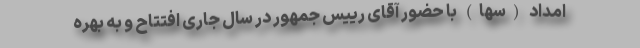
امداد (سها) با حضور آقای رییس جمهور در سال جاری افتتاح و به بهره‌